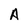
Character: A